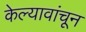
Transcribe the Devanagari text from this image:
केल्यावांचून